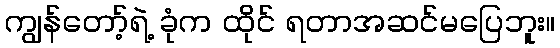
ကျွန်တော့်ရဲ့ ခုံက ထိုင် ရတာအဆင်မပြေဘူး။